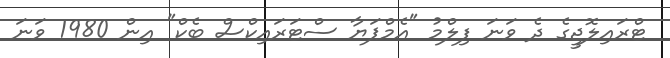
ޓްރައިލޮޖީގެ ދެ ވަނަ ފިލްމު "އެމްޕަޔާ ސްޓަރައިކްސް ބެކް" އިން 1980 ވަނަ